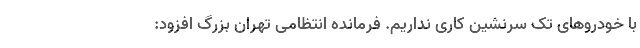
با خودروهای تک سرنشین کاری نداریم. فرمانده انتظامی تهران بزرگ افزود: